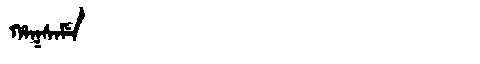
Manchu: ᡥᠠᡴᠰᠠᠮᡝ
Romanization: HAKSAME